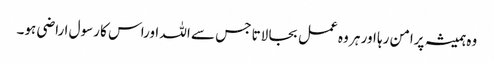
وہ ہمیشہ پرامن رہا اور ہر وہ عمل بجا لاتا جس سے اللہ اوراس کا رسول ا راضی ہو۔